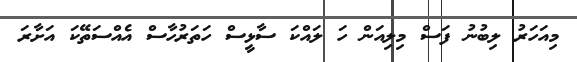
މިއަހަރު ލިބުނު ފަސް މިލިއަން ހަ ލައްކަ ސާޅީސް ހަތަރުހާސް އެއްސަތޭކަ އަށާރަ